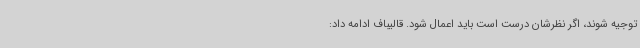
توجیه شوند، اگر نظرشان درست است باید اعمال شود. قالیباف ادامه داد: